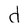
Character: d